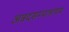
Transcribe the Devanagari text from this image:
अन्नदसम्पलायम